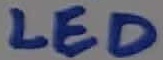
Text: LED